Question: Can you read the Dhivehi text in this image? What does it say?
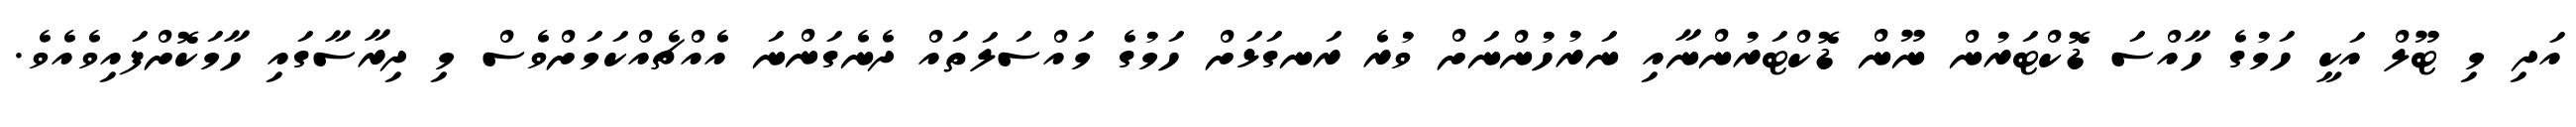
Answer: އަދި މި ޓޫލް އަކީ ހަމުގެ ހާއްސަ ޑޮކްޓަރުން ނޫން ޑޮކްޓަރުންނާއި ނަރުހުންނަށް ވުރެ ރަނގަޅަށް ހަމުގެ މައްސަލަތައް ދެނެގަންނަ އެއްޗެއްކަމަށްވެސް މި ދިރާސާގައި ހާމަކޮށްފައިވެއެވެ.